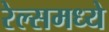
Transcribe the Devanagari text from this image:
रेल्समध्ये